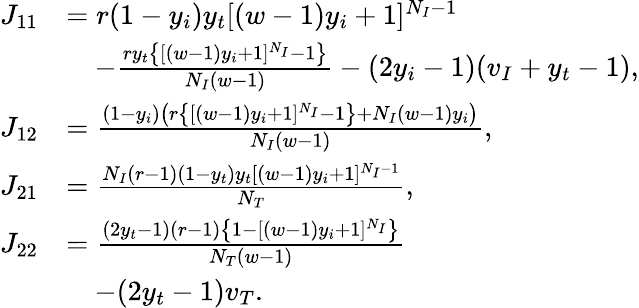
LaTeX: \begin{array}{rl}{J_{11}}&{=r(1-y_{i})y_{t}[(w-1)y_{i}+1]^{N_{I}-1}}\\ &{\quad-\frac{ry_{t}\left\{ [(w-1)y_{i}+1]^{N_{I}}-1\right\} }{N_{I}(w-1)}-(2y_{i}-1)(v_{I}+y_{t}-1),}\\ {J_{12}}&{=\frac{(1-y_{i})\left(r\left\{ [(w-1)y_{i}+1]^{N_{I}}-1\right\} +N_{I}(w-1)y_{i}\right)}{N_{I}(w-1)},}\\ {J_{21}}&{=\frac{N_{I}(r-1)(1-y_{t})y_{t}[(w-1)y_{i}+1]^{N_{I}-1}}{N_{T}},}\\ {J_{22}}&{=\frac{(2y_{t}-1)(r-1)\left\{ 1-[(w-1)y_{i}+1]^{N_{I}}\right\} }{N_{T}(w-1)}}\\ &{\quad-(2y_{t}-1)v_{T}.}\end{array}